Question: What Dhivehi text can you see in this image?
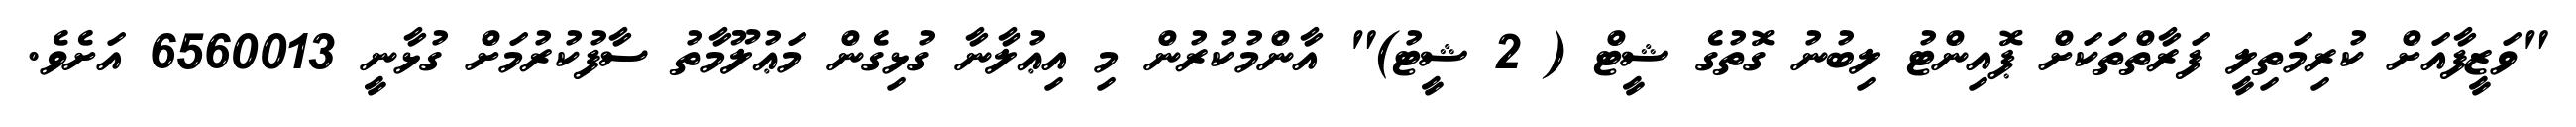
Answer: "ވަޒީފާއަށް ކުރިމަތިލީ ފަރާތްތަކަށް ޕޮއިންޓު ލިބުނު ގޮތުގެ ޝީޓް ( 2 ޝީޓު)" އާންމުކުރުން މި އިޢުލާނާ ގުޅިގެން މަޢުލޫމާތު ސާފުކުރުމަށް ގުޅާނީ 6560013 އަށެވެ.